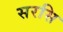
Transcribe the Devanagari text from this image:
सरसि